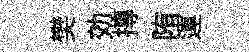
樊効摶陏運